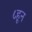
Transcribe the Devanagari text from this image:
८हून